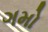
ગમો